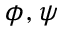
\phi , \psi